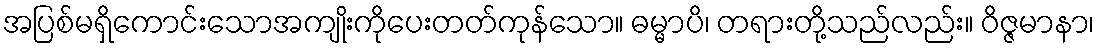
အပြစ်မရှိကောင်းသောအကျိုးကိုပေးတတ်ကုန်သော။ ဓမ္မာပိ၊ တရားတို့သည်လည်း။ ဝိဇ္ဇမာနာ၊